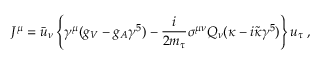
J ^ { \mu } = \bar { u } _ { \nu } \left\{ \gamma ^ { \mu } ( g _ { V } - g _ { A } \gamma ^ { 5 } ) - \frac { i } { 2 m _ { \tau } } \sigma ^ { \mu \nu } Q _ { \nu } ( \kappa - i \tilde { \kappa } \gamma ^ { 5 } ) \right\} u _ { \tau } \; ,